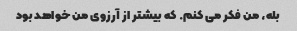
بله، من فکر می کنم. که بیشتر از آرزوی من خواهد بود